Vabadussoja_Ajaloo_Komitee, lk 7
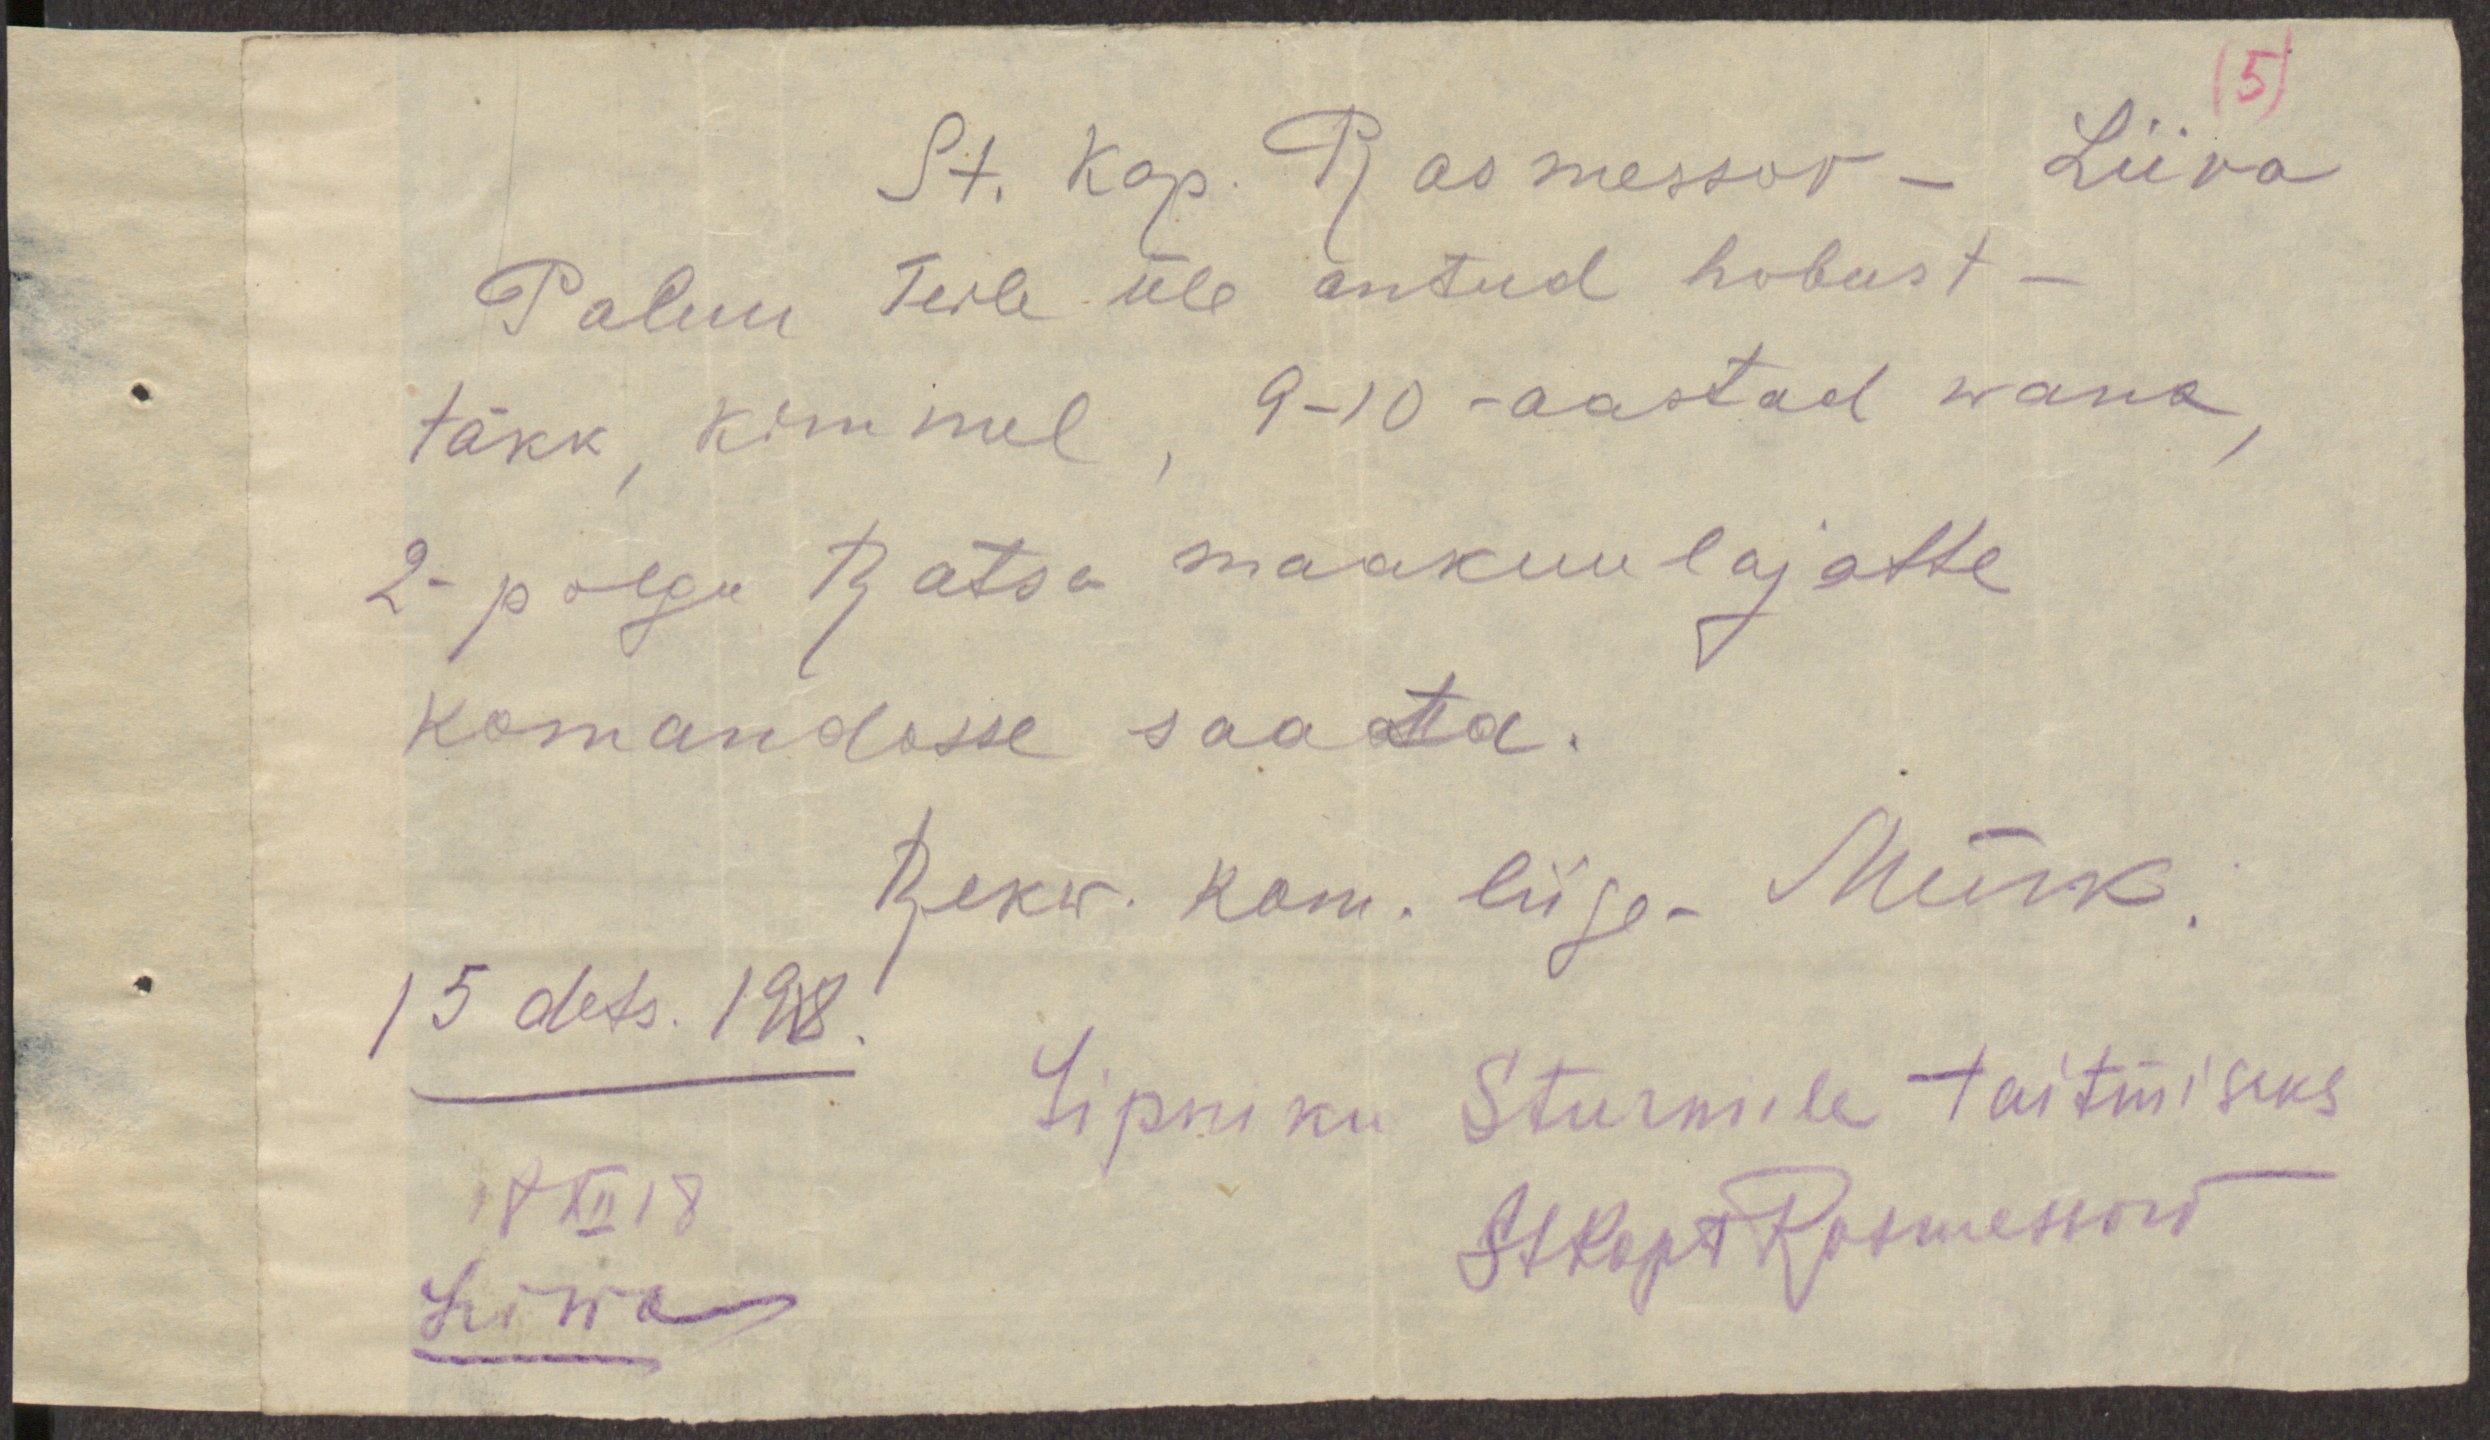
(5)
St. Kap. Rasmessov - Liiva
Palun Teile üle antud hobust -
täkk, kimmel, 9-10-aastad wana,
2- polgu Ratsa maakuulajatte
komandosse saata.
Rekw. kom. liige-Mürk.
15 dets. 1918.
Lipniku Sturmile täitmiseks
17 XII 18
StKapt Rasmessow
Liwas